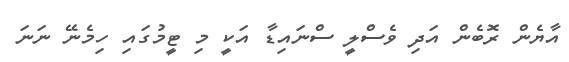
އާޔެން ރޮބެން އަދި ވެސްލީ ސްނައިޑާ އަކީ މި ޓީމުގައި ހިމެނޭ ނަނަ